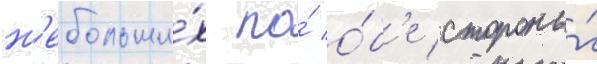
н'ебольши́х по́ о́б'е стороны́